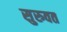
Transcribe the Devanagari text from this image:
सुरुवत